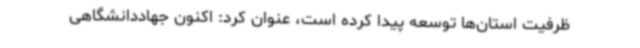
ظرفیت استان‌ها توسعه پیدا کرده است، عنوان کرد: اکنون جهاددانشگاهی